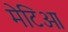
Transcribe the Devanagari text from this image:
मेटिओ